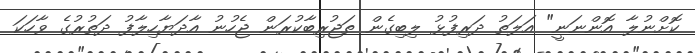
ކޮށްނުލާ އޮންނަނީ" އަލަތު ދަރިފުޅު ލިބިގެން ތަޖުރިބާކުރަން ޖެހުނު އާދަޔާހިލާފު ދަތުރުގެ ވާހަކަ